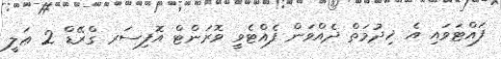
ފައްޓަވައި އެ ޚިދުމަތް ދެއްވަން ފެއްޓެވީ ވޮރަންޓް އޮފިސަރ ގްރޭޑް 2 ޢަލީ